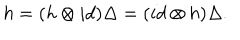
h = ( h \otimes i d ) \Delta = ( i d \otimes h ) \Delta .